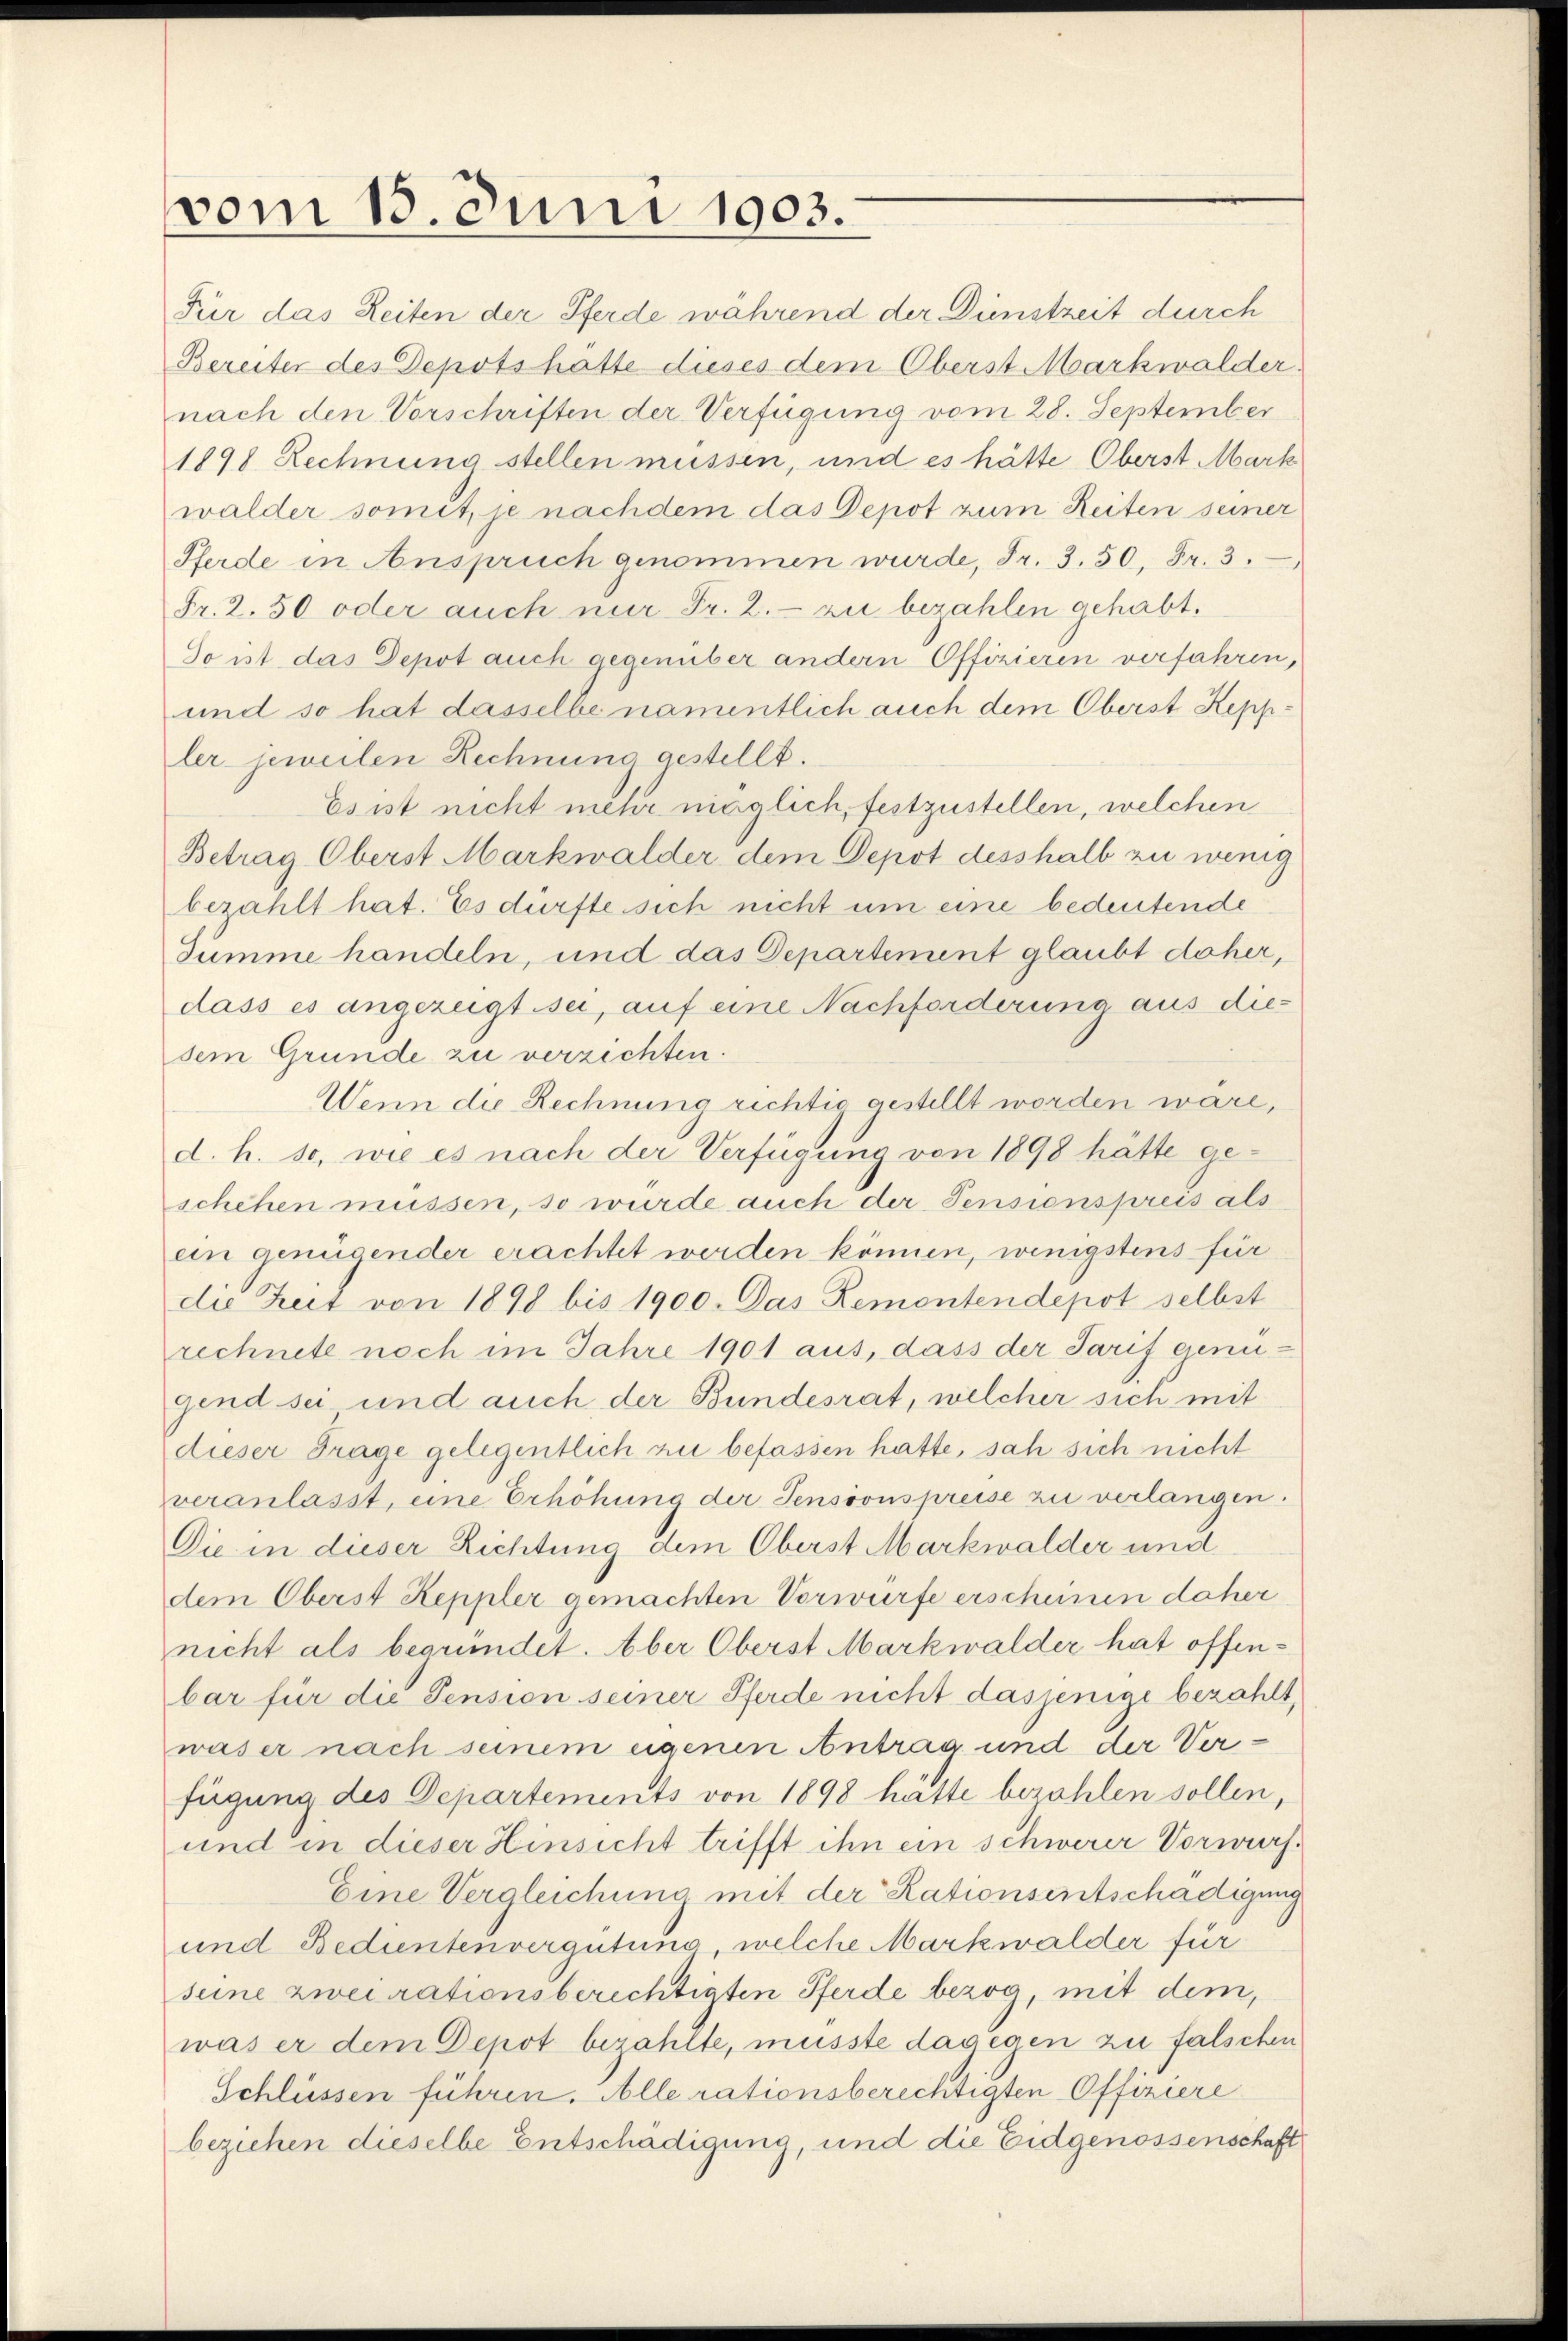
vom 13. Juni 1903.

Für das Zeiten der Pferde während der Dünstzeit durch
Bereiter des Depots hatte dieses dem Oberst Markwalder
nach den Vorschriften der Verfügung vom 28. September
1898 Rechnung stellen müssen, und es hätte Oberst Mark
walder somit, je nachdem das Depot zum Reiten seiner
Pferde in Anspruch genommen wurde, Fr. 3. 50, Fr. 3.
Fr. 2.50 oder auch nur Fr. 2.- zu bezahlen gehabt.
So ist das Depot auch gegenüber andern Offizieren verfahren,
und so hat dasselbe namentlich auch dem Oberst Keppler jeweilen Rechnung gestellt.
Es ist nicht mehr möglich, festzustellen, welchen
Betrag Oberst Markwalder dem Depot desshalb zu wenig
bezahlt hat. Es dürfte sich nicht um eine bedeutende
Summe handeln, und das Departement glaubt daher,
dass es angezeigt sei, auf eine Nachforderung aus diesem Grunde zu verzichten.
Wenn die Rechnung richtig gestellt worden wäre,
d. h. so, wie es nach der Verfügung von 1898 hätte geschehen müssen, so würde auch der Pensionspreis als
ein genügender erachtet werden können, wenigstens für
die Zeit von 1898 bis 1900. Das Rementendepot selbst
rechnete noch im Jahre 1901 aus, dass der Tarif genügend sei und auch der Bundesrat, welcher sich mit
dieser Frage gelegentlich zu befassen hatte, sah sich nicht
veranlasst, eine Erhöhung der Sensionspreise zu verlangen.
Die in dieser Richtung dem Oberst Markwalder und
dem Oberst Keppler gemachten Vorwürfe erscheinen daher
nicht als begründet. Aber Oberst Markwalder hat offenbar für die Pension seiner Pferde nicht dasjenige bezahlt,
was er nach seinem eigenen Antrag und der Verfügung des Departements von 1898 hätte bezahlen sollen,
und in dieser Hinsicht trifft ihn ein schwerer Vorwurf.
Eine Vergleichung mit der Rationsentschädigung
und Bedientenvergütung, welche Markwalder für
seine zwei rationsberichtigten Pferde bezog, mit dem,
was er dem Depot bezahlte, musste dagegen zu falschen
Schlüssen führen. Alle rationsberechtigten Offiziere
beziehen dieselbe Entschädigung, und die Eidgenossenschaft